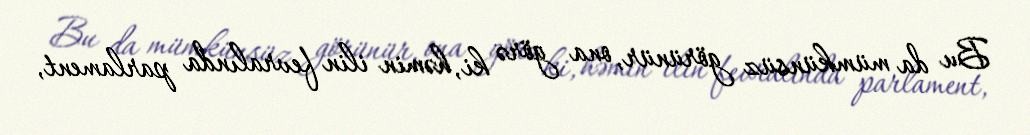
Bu da mümkünsüz görünür, ona görə ki, həmin ilin fevralında parlament,